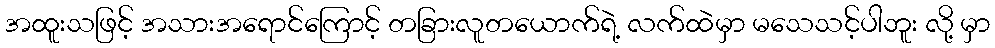
အထူးသဖြင့် အသားအရောင်ကြောင့် တခြားလူတယောက်ရဲ့ လက်ထဲမှာ မသေသင့်ပါဘူး လို့ မှာ